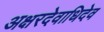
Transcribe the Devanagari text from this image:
अक्षरदेवाधिदेव